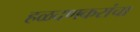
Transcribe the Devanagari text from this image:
हळदणकरांचा